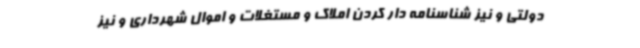
دولتی و نیز شناسنامه دار کردن املاک و مستغلات و اموال شهرداری و نیز